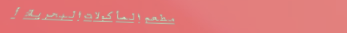
مطعم المأكولات البحرية: أ